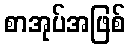
စာအုပ်အဖြစ်